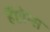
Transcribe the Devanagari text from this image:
हैंप्टोन्स